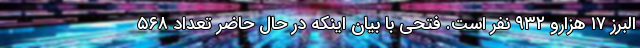
البرز ۱۷ هزارو ۹۳۲ نفر است. فتحی با بیان اینکه در حال حاضر تعداد ۵۶۸